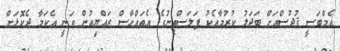
އެމްބަސީ ޤުދުސްއަށް ބަދަލު ކުރުމާއެކު ފަލަސްތީނުގެ އެތައްހާސް ރައްޔިތުން ވަނީ އެކަމާ ދެކޮޅަށް